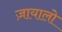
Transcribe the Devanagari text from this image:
ज़ायालो